Report of the Bombay Plague Committee
Disease focus: Plague
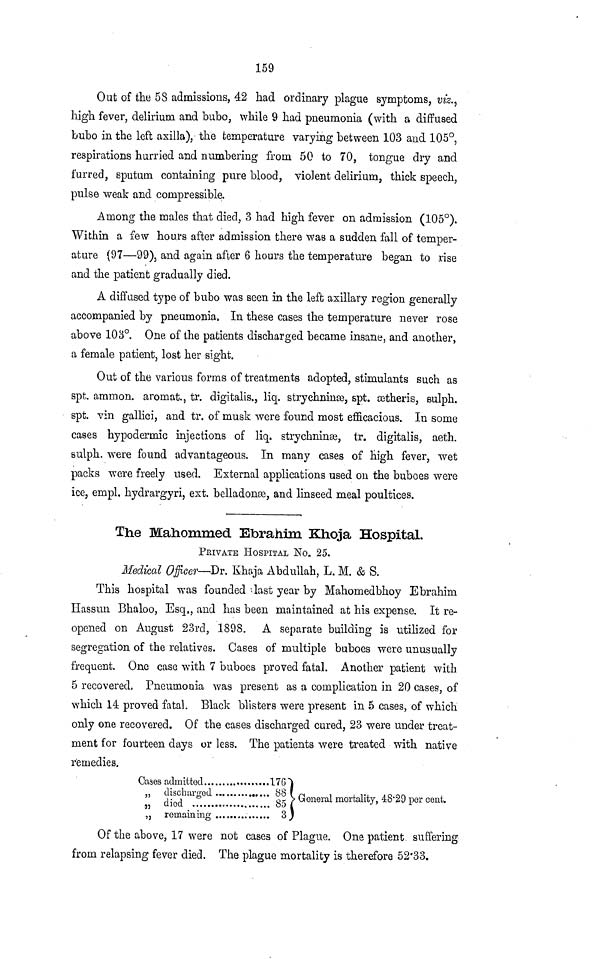
159
Out of the 58 admissions, 42 had ordinary plague symptoms, viz.,
high fever, delirium and bubo, while 9 had pneumonia (with a diffused
bubo in the left axilla), the temperature varying between 103 and 105°,
respirations hurried and numbering from 50 to 70, tongue dry and
furred, sputum containing pure blood, violent delirium, thick speech,
pulse weak and compressible.
Among the males that died, 3 had high fever on admission (105°).
Within a few hours after admission there was a sudden fall of temper-
ature (97—99), and again after 6 hours the temperature began to rise
and the patient gradually died.
A diffused type of bubo was seen in the left axillary region generally
accompanied by pneumonia. In these cases the temperature never rose
above 103°. One of the patients discharged became insane, and another,
a female patient, lost her sight.
Out of the various forms of treatments adopted, stimulants such as
spt. ammon. aromat., tr. digitalis., liq. strychnine, spt. ætheris, sulph.
spt. vin gallici, and tr. of musk were found most efficacious. In some
cases hypodermic injections of liq. strychninæ, tr. digitalis, aeth.
sulph. were found advantageous. In many cases of high fever, wet
packs were freely used. External applications used on the buboes were
ice, empl. hydrargyri, ext. belladonæ, and linseed meal poultices.
The Mahommed Bbrahim Khoja Hospital.
PRIVATE HOSPITAL No. 25.
Medical Officer—Dr. Khaja Abdullah, L. M. & S.
This hospital was founded last year by Mahomedbhoy Ebrahim
Hassun Bhaloo, Esq,, and has been maintained at his expense. It re-
opened on August 23rd, 1898. A separate building is utilized for
segregation of the relatives. Cases of multiple buboes were unusually
frequent. One case with 7 buboes proved fatal. Another patient with
5 recovered. Pneumonia was present as a complication in 20 cases, of
which 14 proved fatal. Black blisters were present in 5 cases, of which
only one recovered. Of the cases discharged cured, 23 were under treat-
ment for fourteen days or less. The patients were treated with native
remedies.
Case;
„
„
3 admitted
176
died .............. ........... 85
remaining
3
General mortality, 48·29 per cent.
Of the above, 17 were not cases of Plague. One patient suffering
from relapsing fever died. The plague mortality is therefore 52·33.